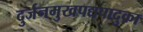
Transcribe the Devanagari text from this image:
दुर्जनमुखपद्यपादुका